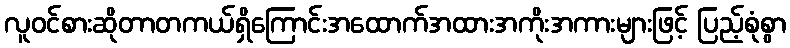
လူဝင်စားဆိုတာတကယ်ရှိကြောင်းအထောက်အထားအကိုးအကားများဖြင့် ပြည့်စုံစွာ